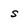
Character: s